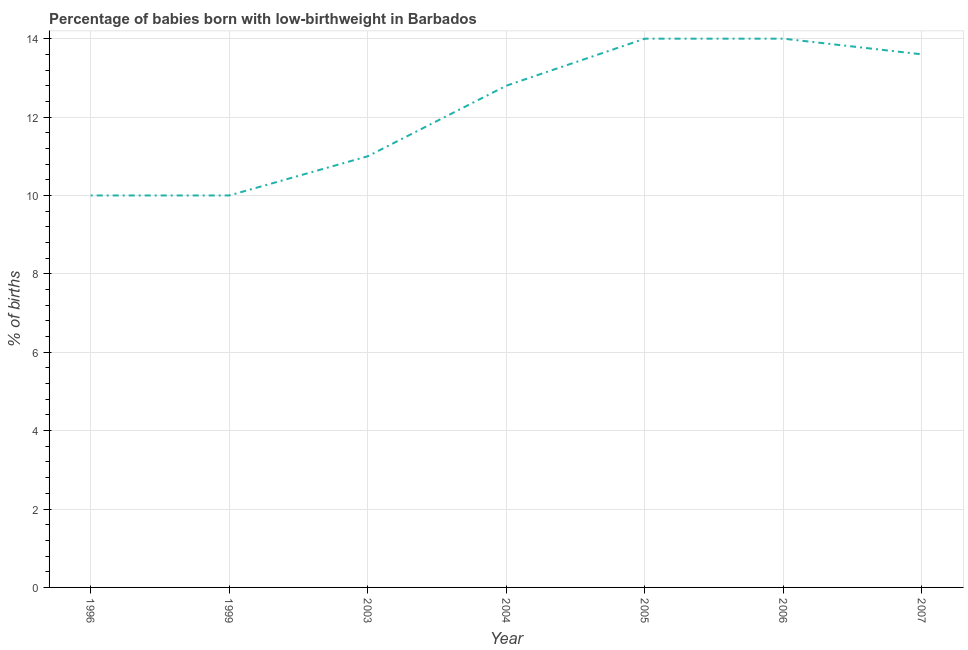
| Year | Low-birthweight babies |
 | --- | --- |
 | 1996 | 10 |
 | 1999 | 10 |
 | 2003 | 11 |
 | 2004 | 12.8 |
 | 2005 | 14 |
 | 2006 | 14 |
 | 2007 | 13.6 |